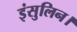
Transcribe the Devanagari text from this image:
इंसुलिन।